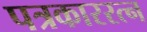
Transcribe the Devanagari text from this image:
पत्रकाररत्न